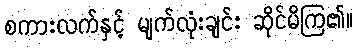
စကားလက်နှင့် မျက်လုံးချင်း ဆိုင်မိကြ၏။